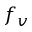
f _ { v }